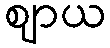
ဈာယ